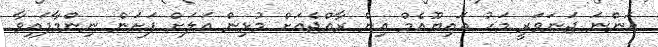
އަންނަ ޖަނަވަރީ މަހު އައިޔޫއެމް އިން ރާއްޖެއަށް މުޅިން އަލަށް ފަށަން ނިންމާފައިވާ